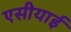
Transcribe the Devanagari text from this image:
एसीयाई